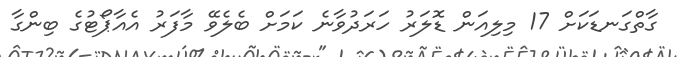
ގާތްގަނޑަކަށް 17 މިލިއަން ޑޮލަރު ހަރަދުވާނެ ކަމަށް ބެލެވޭ މާފަރު އެއާޕޯޓުގެ ބިންގާ